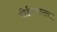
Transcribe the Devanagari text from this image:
बीईएमएल